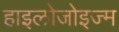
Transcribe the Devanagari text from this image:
हाइलोजोइज्म